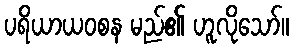
ပရိယာယဝစန မည်၏ ဟူလိုသော်။